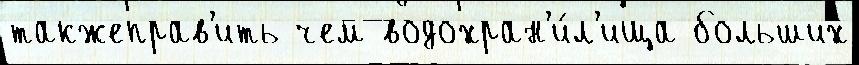
такжеправ'ить чем водохран'и́л'ища больших